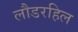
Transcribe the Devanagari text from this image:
लौडरहिल